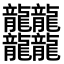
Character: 𪚥